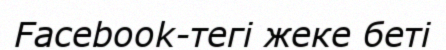
Facebook-тегі жеке беті